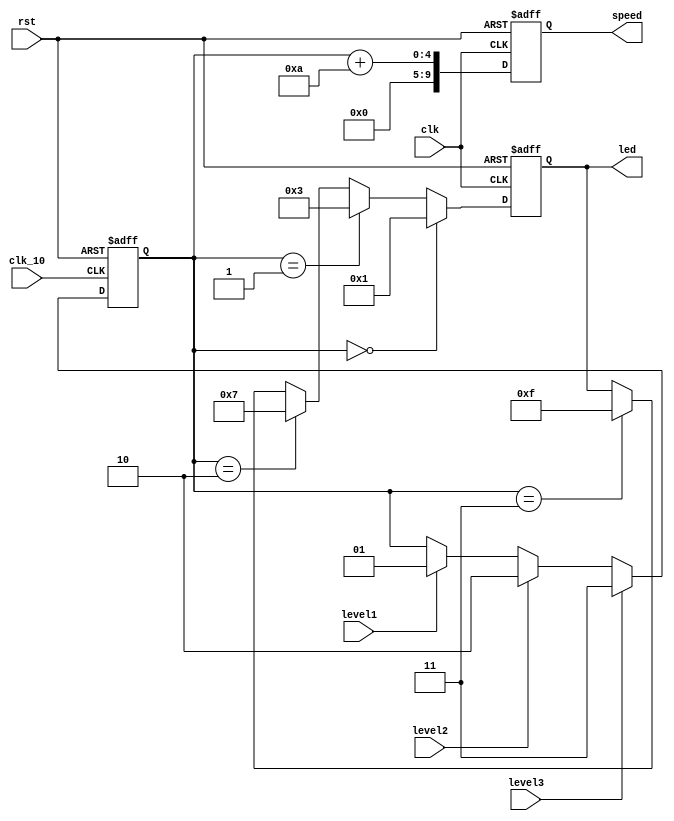
`timescale 1ns / 1ps
//////////////////////////////////////////////////////////////////////////////////
// Company: 
// Engineer: 
// 
// Design Name: 
// Module Name: speed
// Project Name: 
// Target Devices: 
// Tool Versions: 
// Description: 
// 
// Dependencies: 
// 
// Revision:
// Revision 0.01 - File Created
// Additional Comments:
// 
//////////////////////////////////////////////////////////////////////////////////


module speed(clk,clk_10,rst,level1,level2,level3,speed,led);
input clk, rst;
input clk_10;
input level1,level2,level3;
output reg [9:0] speed; // 9 decide by (discuss whether to change or not)
output reg [3:0] led;

reg [1:0] lv;

always @(posedge clk_10 or posedge rst)
if (rst)
    lv <= 2'd0;
else if (level3)
    lv <= 2'd3;
else if (level2)
    lv <= 2'd2;
else if (level1)
    lv <= 2'd1;   
    
always @(posedge clk or posedge rst)
if (rst)
    led <= 4'd0;
else if (lv == 2'd0)
    led <= 4'b0001;
else if (lv == 2'd1)
    led <= 4'b0011;
else if (lv == 2'd2)
    led <= 4'b0111;
else if (lv == 2'd3)
    led <= 4'b1111;
    
always @(posedge clk or posedge rst)
if (rst)
    speed <= 0; 
else
    speed <= lv + 9'd10; // 9 need to be discussed  

endmodule